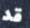
قد